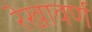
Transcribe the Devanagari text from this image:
रेखावर्ण